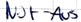
Text: Not-Aus